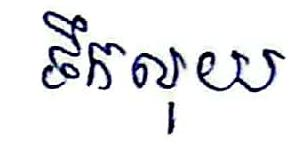
ទឹកលុយ